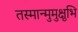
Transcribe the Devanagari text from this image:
तस्मान्मुमुक्षुभि